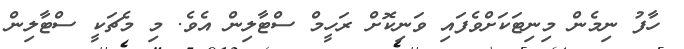
ހާފު ނިމެން މިނިޓަކަށްވެފައި ވަނިކޮށް ރަހީމް ސްޓާލިން އެވެ. މި މެޗަކީ ސްޓާލިން